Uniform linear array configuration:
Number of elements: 4
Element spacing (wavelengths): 0.75
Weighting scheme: blackman
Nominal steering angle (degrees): -60
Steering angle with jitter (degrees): -60.428
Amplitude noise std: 0.05
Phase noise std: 0.05

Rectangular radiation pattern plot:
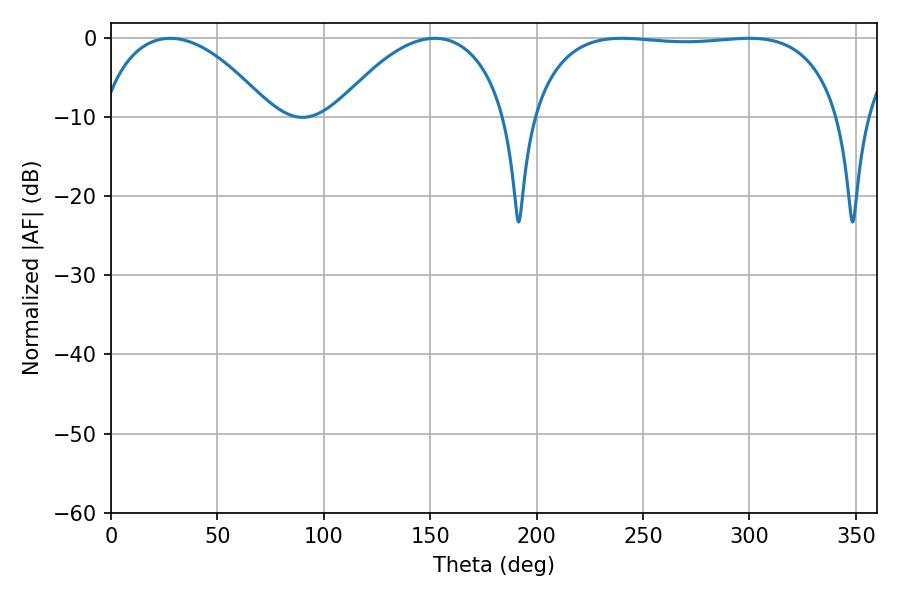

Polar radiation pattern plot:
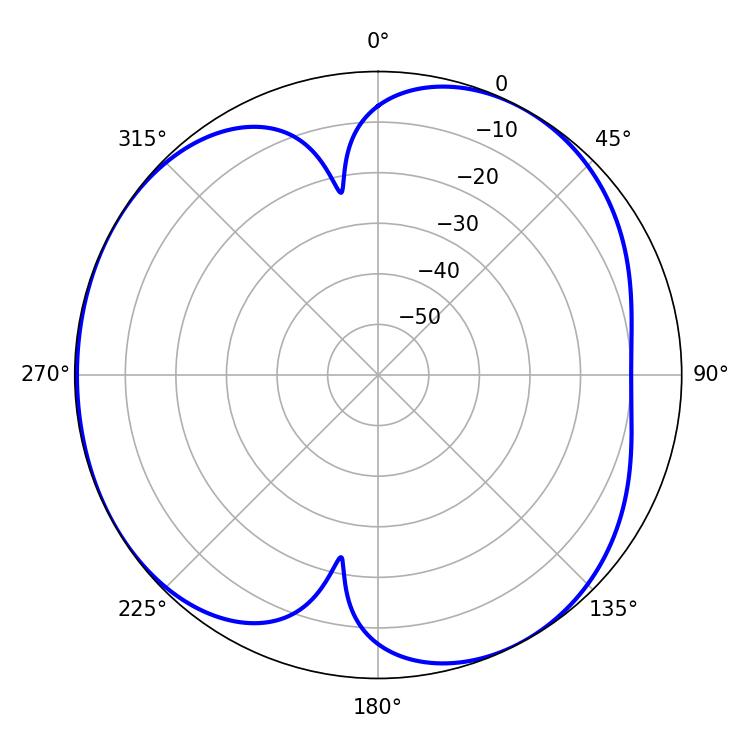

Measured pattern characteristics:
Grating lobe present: TRUE
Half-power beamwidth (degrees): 115.56
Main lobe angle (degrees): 240.12